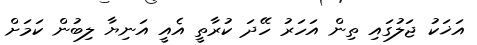
އަޚަކު ޖަލުގައި ތިން އަހަރު ހޭދަ ކުރާތީ އެއީ އަނިޔާ ލިބުން ކަމަށް